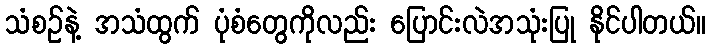
သံစဉ်နဲ့ အသံထွက် ပုံစံတွေကိုလည်း ပြောင်းလဲအသုံးပြု နိုင်ပါတယ်။